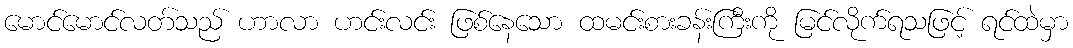
မောင်မောင်လတ်သည် ဟာလာ ဟင်းလင်း ဖြစ်နေသော ထမင်းစားခန်းကြီးကို မြင်လိုက်ရသဖြင့် ရင်ထဲမှာ